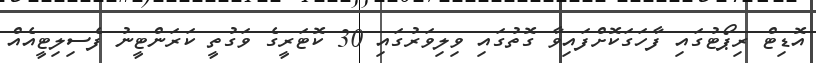
އޮޑިޓް ރިޕޯޓުގައި ފާހަގަކޮށްފައިވާ ގޮތުގައި ވިލިވަރުގައި 30 ކޮޓަރީގެ ވަގުތީ ކަރަންޓީނު ފެސިލިޓީއެއް